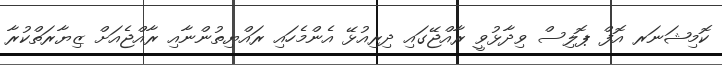
ކޮމިޝަނަރ އޮފް ޕޮލިސް ވިދާޅުވީ ރާއްޖޭގައި ދިރިއުޅޭ އެންމެހައި ރައްޔިތުންނާއި ރާއްޖެއަށް ޒިޔާރަތްކުރާ